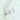
اعلم